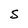
Character: S